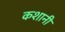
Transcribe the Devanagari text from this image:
कशानी